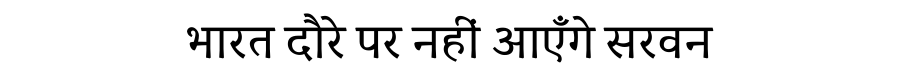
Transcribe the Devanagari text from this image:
भारत दौरे पर नहीं आएँगे सरवन